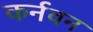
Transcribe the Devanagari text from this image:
कर्नवन